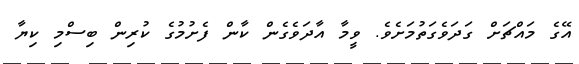
އޭގެ މައްޗަށް ގަދަވެގަތުމަށެވެ. ވީމާ އާދަވެގެން ކާން ފެށުމުގެ ކުރިން ބިސްމި ކިޔާ